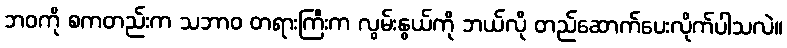
ဘဝကို စကတည်းက သဘာဝ တရားကြီးက လွမ်းနွယ်ကို ဘယ်လို တည်ဆောက်ပေးလိုက်ပါသလဲ။